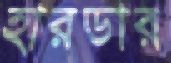
হারডার